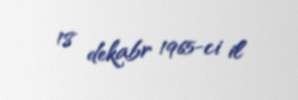
18 dekabr 1965-ci il